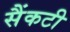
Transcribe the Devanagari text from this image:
सैंकटी